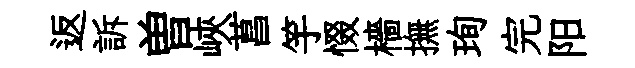
返訴曽峽菖竽惙檣撫珣完阳